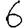
Digit: 6